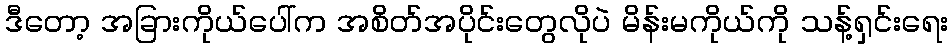
ဒီတော့ အခြားကိုယ်ပေါ်က အစိတ်အပိုင်းတွေလိုပဲ မိန်းမကိုယ်ကို သန့်ရှင်းရေး